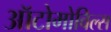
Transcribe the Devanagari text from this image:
ऑटोमोविल्स